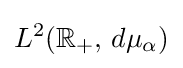
L^{2}(\mathbb {R} _{+},\,d\mu _{\alpha })